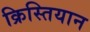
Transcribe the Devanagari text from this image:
क्रिस्तियान